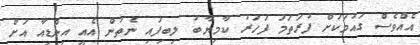
އެއްވެސް ގައުމަކަށް ފުރަތަމަ ފަހަރު ކާމިޔާބު ލިބިފައި ނެތުން އެއީ އިންޑިއާ އަށް